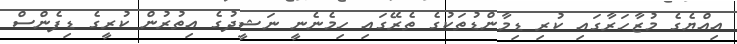
އިއްޔެގެ މުޒާހަރާގައި ކުރި ޑިމާންޑުތަކުގެ ތެރޭގައި ހިމެނެނީ ނަޝީދުގެ އިތުރުން ކުރީގެ ޑިފެންސް